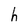
Character: h